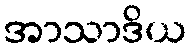
အာသာဒိယ